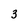
Character: 3